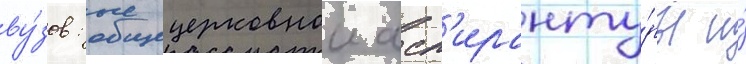
ву́зов: общецерковнои асп'иранту́ры и́